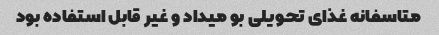
متاسفانه غذای تحویلی بو میداد و غیر قابل استفاده بود